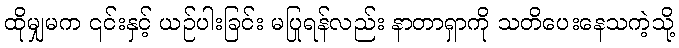
ထိုမျှမက ၎င်းနှင့် ယဉ်ပါးခြင်း မပြုရန်လည်း နာတာရှာကို သတိပေးနေသကဲ့သို့